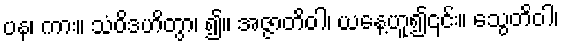
ပန၊ ကား။ သံဝိဒဟိတွာ၊ ၍။ အဇ္ဇာတိဝါ၊ ယနေ့ဟူ၍၎င်း။ သွေတိဝါ၊